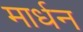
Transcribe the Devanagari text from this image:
मार्धन